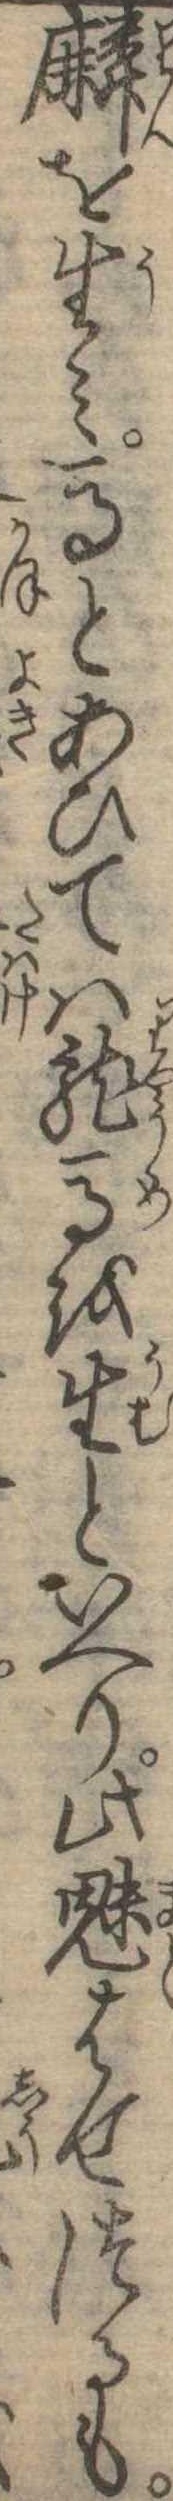
麟を生み馬とあひては竜馬を生といへり此魅はせつるも